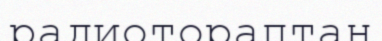
радиотораптан